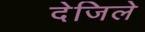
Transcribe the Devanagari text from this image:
देजिले